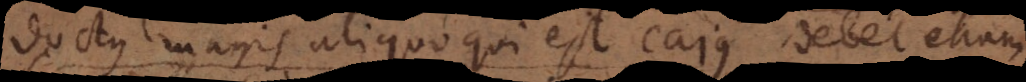
doctus magis aliquo qui est Cajus debet etiam